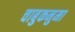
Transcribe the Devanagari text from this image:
चाबुकनुमा